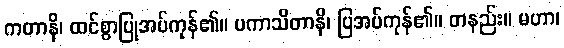
ကတာနိ၊ ထင်စွာပြုအပ်ကုန်၏။ ပကာသိတာနိ၊ ပြအပ်ကုန်၏။ တနည်း။ မဟာ၊